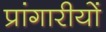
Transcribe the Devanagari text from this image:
प्रांगारीयों